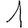
Digit: 1